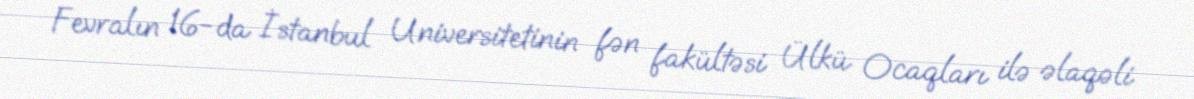
Fevralın 16-da İstanbul Universitetinin fən fakültəsi Ülkü Ocaqları ilə əlaqəli